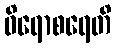
ဝိရောစရေတိ